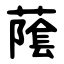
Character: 䕃